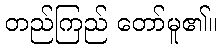
တည်ကြည် တော်မူ၏။